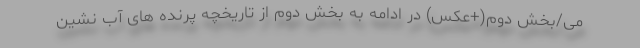
می/بخش دوم(+عکس) در ادامه به بخش دوم از تاریخچه پرنده های آب نشین